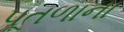
પૂતળાના